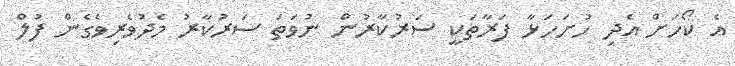
އެ ކޯހަށް އެދި ހުށަހަޅާ ފަރާތަކީ ސަރުކާރުން ނުވަތަ ސަރުކާރު މެދުވެރިވެގެން ފުލް